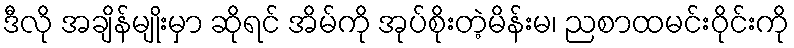
ဒီလို အချိန်မျိုးမှာ ဆိုရင် အိမ်ကို အုပ်စိုးတဲ့မိန်းမ၊ ညစာထမင်းဝိုင်းကို